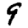
Digit: 9